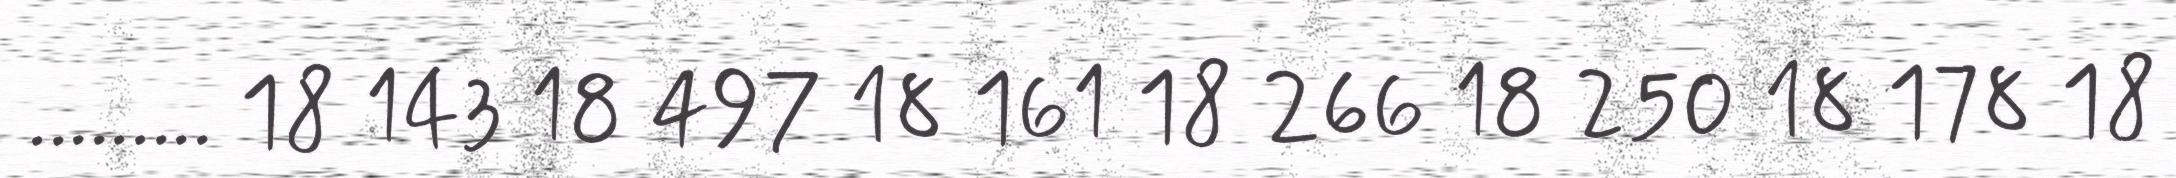
......... 18 143 18 497 18 161 18 266 18 250 18 178 18